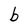
Character: b